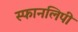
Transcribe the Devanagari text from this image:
स्फानलिपी